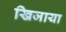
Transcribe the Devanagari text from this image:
खिजाया